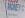
money